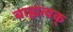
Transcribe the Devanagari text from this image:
बाह्यत्वक्